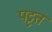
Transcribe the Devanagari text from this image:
पट्टत